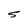
Character: S